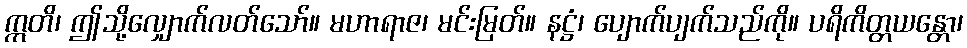
ဣတိ၊ ဤသို့လျှောက်လတ်သော်။ မဟာရာဇ၊ မင်းမြတ်။ နဋ္ဌံ၊ ပျောက်ပျက်သည်ကို။ ပရိကိတ္တယန္တော၊